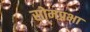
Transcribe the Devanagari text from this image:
सोमप्रभा